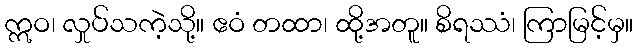
ဣဝ၊ လှုပ်သကဲ့သို့။ ဧဝံ တထာ၊ ထို့အတူ။ စိရဿံ၊ ကြာမြင့်မှ။